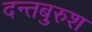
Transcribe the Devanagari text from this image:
दन्तबुरुश